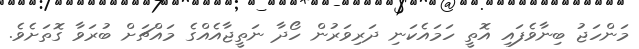
މަންހަޖު ބިނާވެފައި އޮތީ ހަމައެކަނި ދަރިވަރުން ހޯދާ ނަތީޖާއެއްގެ މައްޗަށް ބުރަވާ ގޮތަށެވެ.